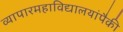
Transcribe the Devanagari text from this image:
व्यापारमहाविद्यालयांपैकी